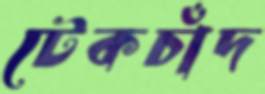
টেকচাঁদ